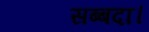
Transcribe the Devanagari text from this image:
सब्बदा।